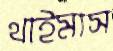
থাইমাস